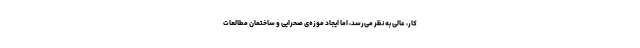
کار، عالی به نظر می‌رسد، اما ایجاد موزه‌ی صحرایی و ساختمان مطالعات